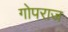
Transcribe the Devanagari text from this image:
गोपराज